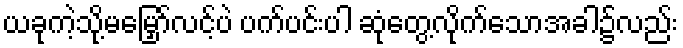
ယခုကဲ့သို့မမြှော်လင့်ပဲ ပက်ပင်းပါ ဆုံတွေ့လိုက်သောအခါ၌လည်း